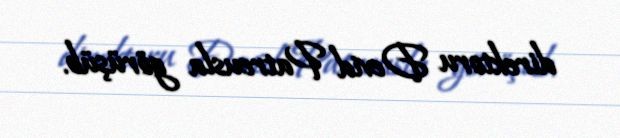
direktoru Devid Patreusla görüşüb.